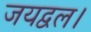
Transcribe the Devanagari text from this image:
जयद्वल।